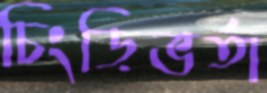
চিংড়িভর্তা